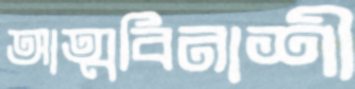
আত্মবিনাশী